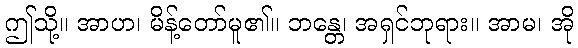
ဤသို့။ အာဟ၊ မိန့်တော်မူ၏။ ဘန္တေ၊ အရှင်ဘုရား။ အာမ၊ အို